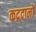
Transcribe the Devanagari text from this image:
कद्रदानों